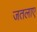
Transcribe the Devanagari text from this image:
जतलाए